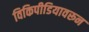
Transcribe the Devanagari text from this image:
विकिपीडियावरून